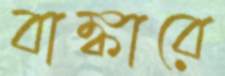
বাঙ্কারে